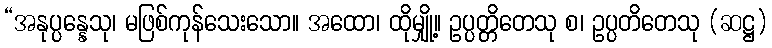
“အနုပ္ပန္နေသု၊ မဖြစ်ကုန်သေးသော။ အထော၊ ထိုမျှို့။ ဥပ္ပတ္တိတေသု စ၊ ဥပ္ပတိတေသု (ဆဋ္ဌ)